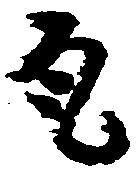
尾